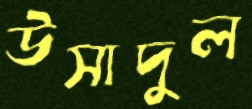
উসাদুল